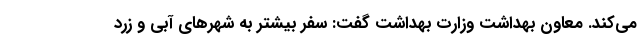
می‌کند. معاون بهداشت وزارت بهداشت گفت: سفر بیشتر به شهرهای آبی و زرد